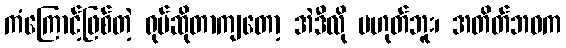
ကံကြောင့်ဖြစ်တဲ့ ရုပ်ဆိုတာကျတော့ အဲဒီလို မဟုတ်ဘူး၊ အတိတ်ဘဝက